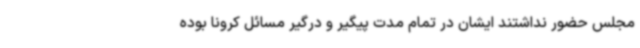
مجلس حضور نداشتند ایشان در تمام مدت پیگیر و درگیر مسائل کرونا بوده